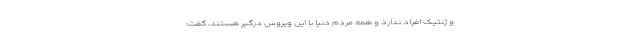
و ژنتیک افراد ندارد و همه مردم دنیا با این ویروس درگیر هستند، گفت: